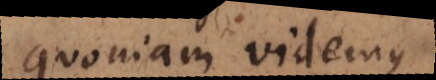
quoniam videmus